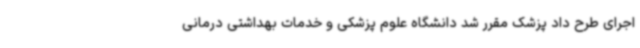
اجرای طرح داد پزشک مقرر شد دانشگاه علوم پزشکی و خدمات بهداشتی درمانی